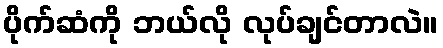
ပိုက်ဆံကို ဘယ်လို လုပ်ချင်တာလဲ။